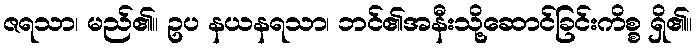
ဇရသာ၊ မည်၏။ ဥပ နယနရသာ၊ ဘင်၏အနီးသို့ဆောင်ခြင်းကိစ္စ ရှိ၏။